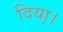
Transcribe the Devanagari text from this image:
दिया्।